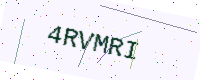
Text: 4RVMRI